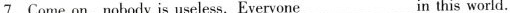
7.Come on，nobody is useless. Everyone___in this world.